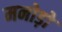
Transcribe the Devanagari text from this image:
मनोड़ो